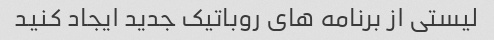
لیستی از برنامه های روباتیک جدید ایجاد کنید